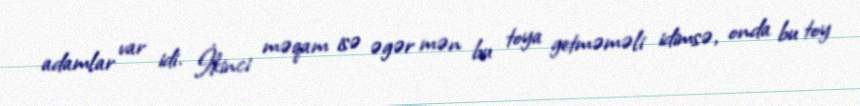
adamlar var idi. İkinci məqam isə əgər mən bu toya getməməli idimsə, onda bu toy